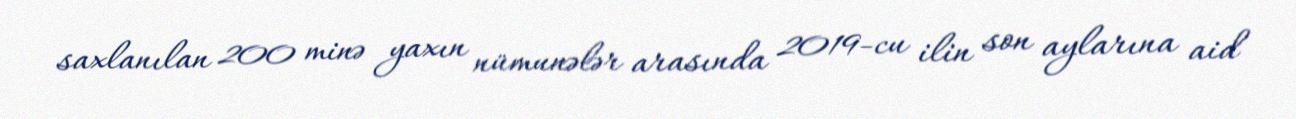
saxlanılan 200 minə yaxın nümunələr arasında 2019-cu ilin son aylarına aid